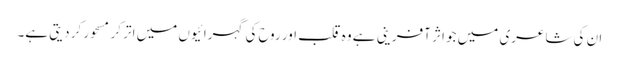
ان کی شاعری میں جو اثر آفرینی ہے وہ قلب اور روح کی گہرائیوں میں اتر کر مسحور کر دیتی ہے۔